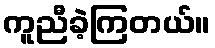
ကူညီခဲ့ကြတယ်။